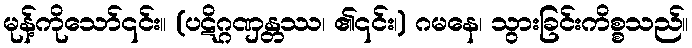
မုန့်ကိုသော်၎င်း။ (ပဋိဂ္ဂဏှန္တဿ၊ ၏၎င်း၊) ဂမနေ၊ သွားခြင်းကိစ္စသည်။